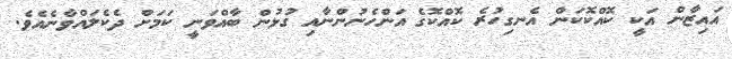
އައިޒާން އަކީ ކޮއްކޮކަން އެނގިހުރެ ކޮއްކޮގެ އަންހެނުންނާއި ގުޅުން ބާއްވަނީ ކަމަށް ދެކެލައްވާނެއެވެ.